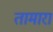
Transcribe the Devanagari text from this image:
तामारा